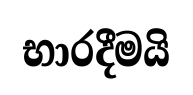
භාරදීමයි